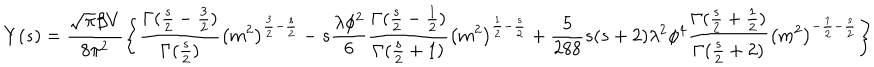
Y ( s ) = \frac { \sqrt { \pi } \beta V } { 8 \pi ^ { 2 } } \left\{ \frac { \Gamma ( \frac { s } { 2 } - \frac { 3 } { 2 } ) } { \Gamma ( \frac { s } { 2 } ) } \left( m ^ { 2 } \right) ^ { \frac { 3 } { 2 } - \frac { s } { 2 } } - s \frac { \lambda \phi ^ { 2 } } { 6 } \frac { \Gamma ( \frac { s } { 2 } - \frac { 1 } { 2 } ) } { \Gamma ( \frac { s } { 2 } + 1 ) } \left( m ^ { 2 } \right) ^ { \frac { 1 } { 2 } - \frac { s } { 2 } } + \frac { 5 } { 2 8 8 } s ( s + 2 ) \lambda ^ { 2 } \phi ^ { 4 } \frac { \Gamma ( \frac { s } { 2 } + \frac { 1 } { 2 } ) } { \Gamma ( \frac { s } { 2 } + 2 ) } \left( m ^ { 2 } \right) ^ { - \frac { 1 } { 2 } - \frac { s } { 2 } } \right\}